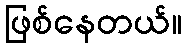
ဖြစ်နေတယ်။